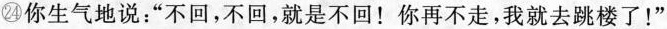
㉔你生气地说：“不回，不回，就是不回！你再不走，我就去跳楼了！”